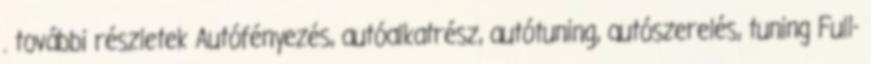
. további részletek Autófényezés, autóalkatrész, autótuning, autószerelés, tuning Full-